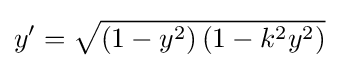
y'={\sqrt {\left(1-y^{2}\right)\left(1-k^{2}y^{2}\right)}}